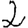
Digit: 2